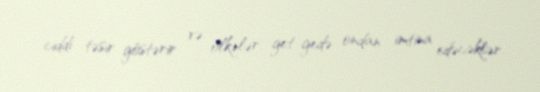
ciddi təsir göstərir və ölkələr get-gedə ondan imtina edəcəklər.